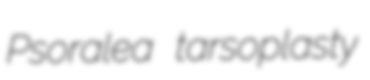
Psoralea tarsoplasty